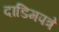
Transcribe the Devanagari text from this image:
दाडिमपत्रे